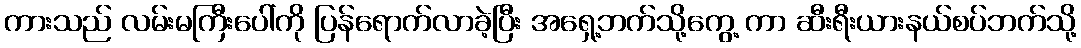
ကားသည် လမ်းမကြီးပေါ်ကို ပြန်ရောက်လာခဲ့ပြီး အရှေ့ဘက်သို့ကွေ့ ကာ ဆီးရီးယားနယ်စပ်ဘက်သို့